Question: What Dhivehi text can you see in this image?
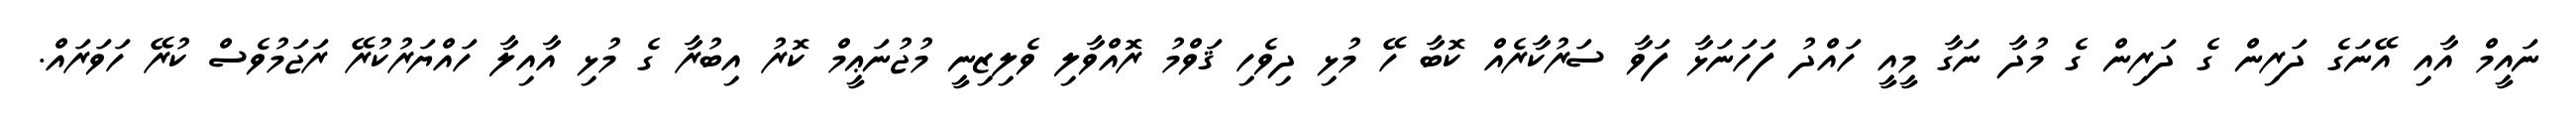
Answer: ނައީމް އާއި އޭނަގެ ދަރިން ގެ ދަރިން ގެ މުދާ ނަގާ މީއީ ހައްދު ފަހަނަޅާ ފަވާ ސަރުކާރެއް ކޮބާ ހޭ މުޅި ދިވެހި ޤަވްމު ރޮއްވާލި ވެލިޒިނީ މުޖުނަޢީމް ކޮރު އިބުރާ ގެ މުޅި އާއިލާ ހައްޔަރުކުރޭ ރަޖަމުވެސް ކުރޭ ހަވަރައް.